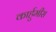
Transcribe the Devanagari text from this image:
कार्हुमीस